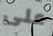
على